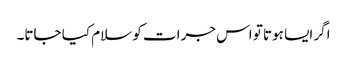
اگر ایسا ہوتا تو اس جرات کو سلام کیا جاتا۔